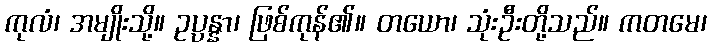
ကုလံ၊ အမျိုးသို့။ ဥပ္ပန္နာ၊ ဖြစ်ကုန်၏။ တယော၊ သုံးဦးတို့သည်။ ကတမေ၊